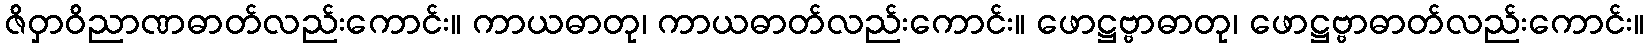
ဇိဝှာဝိညာဏဓာတ်လည်းကောင်း။ ကာယဓာတု၊ ကာယဓာတ်လည်းကောင်း။ ဖောဋ္ဌဗ္ဗာဓာတု၊ ဖောဋ္ဌဗ္ဗာဓာတ်လည်းကောင်း။